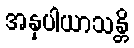
အနုပါယာသန္တိ